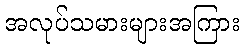
အလုပ်သမားများအကြား